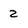
Character: 2